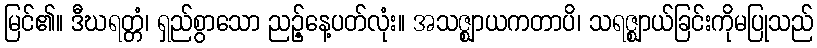
မြင်၏။ ဒီဃရတ္တံ၊ ရှည်စွာသော ညဉ့်နေ့ပတ်လုံး။ အသဇ္ဈာယကတာပိ၊ သရဇ္ဈာယ်ခြင်းကိုမပြုသည်